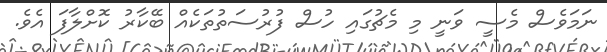
ނަމަވެސް މެސީ ވަނީ މި މެޗުގައި ހުސް ފުރުސަތުތަކެއް ބޭކާރު ކޮށްލާފަ އެވެ.